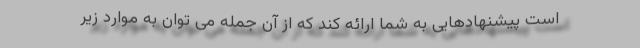
است پیشنهادهایی به شما ارائه کند که از آن جمله می توان به موارد زیر